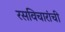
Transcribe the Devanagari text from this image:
रसविचारांची